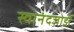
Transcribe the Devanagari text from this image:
स्वानंदजोडी